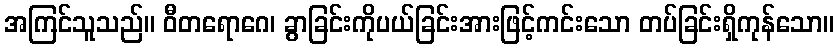
အကြင်သူသည်။ ဝီတရောဂေ၊ ခွာခြင်းကိုပယ်ခြင်းအားဖြင့်ကင်းသော တပ်ခြင်းရှိကုန်သော။